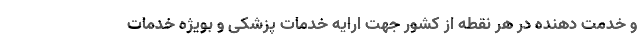
و خدمت دهنده در هر نقطه از کشور جهت ارایه خدمات پزشکی و بویژه خدمات